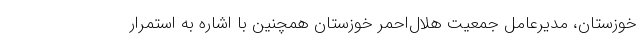
خوزستان، مدیرعامل جمعیت هلال‌احمر خوزستان همچنین با اشاره به استمرار